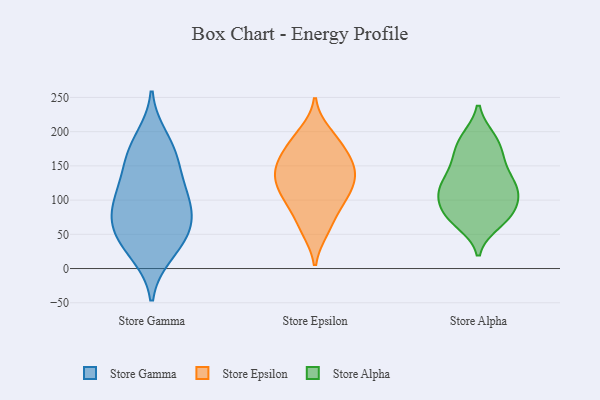
{"axis": {"x": "Market Share (%)", "y": "Value"}, "legend": ["Store Alpha", "Store Epsilon", "Store Gamma"], "data": [{"x": "", "y": 70, "type": "Store Gamma"}, {"x": "", "y": 117, "type": "Store Gamma"}, {"x": "", "y": 172, "type": "Store Gamma"}, {"x": "", "y": 59, "type": "Store Gamma"}, {"x": "", "y": 27, "type": "Store Gamma"}, {"x": "", "y": 103, "type": "Store Gamma"}, {"x": "", "y": 63, "type": "Store Gamma"}, {"x": "", "y": 50, "type": "Store Gamma"}, {"x": "", "y": 146, "type": "Store Gamma"}, {"x": "", "y": 163, "type": "Store Gamma"}, {"x": "", "y": 191, "type": "Store Gamma"}, {"x": "", "y": 21, "type": "Store Gamma"}, {"x": "", "y": 107, "type": "Store Gamma"}, {"x": "", "y": 89, "type": "Store Gamma"}, {"x": "", "y": 56, "type": "Store Epsilon"}, {"x": "", "y": 114, "type": "Store Epsilon"}, {"x": "", "y": 107, "type": "Store Epsilon"}, {"x": "", "y": 78, "type": "Store Epsilon"}, {"x": "", "y": 138, "type": "Store Epsilon"}, {"x": "", "y": 149, "type": "Store Epsilon"}, {"x": "", "y": 174, "type": "Store Epsilon"}, {"x": "", "y": 199, "type": "Store Epsilon"}, {"x": "", "y": 142, "type": "Store Epsilon"}, {"x": "", "y": 156, "type": "Store Epsilon"}, {"x": "", "y": 193, "type": "Store Epsilon"}, {"x": "", "y": 162, "type": "Store Epsilon"}, {"x": "", "y": 55, "type": "Store Epsilon"}, {"x": "", "y": 97, "type": "Store Epsilon"}, {"x": "", "y": 182, "type": "Store Epsilon"}, {"x": "", "y": 99, "type": "Store Epsilon"}, {"x": "", "y": 128, "type": "Store Epsilon"}, {"x": "", "y": 119, "type": "Store Epsilon"}, {"x": "", "y": 142, "type": "Store Epsilon"}, {"x": "", "y": 160, "type": "Store Alpha"}, {"x": "", "y": 72, "type": "Store Alpha"}, {"x": "", "y": 78, "type": "Store Alpha"}, {"x": "", "y": 188, "type": "Store Alpha"}, {"x": "", "y": 123, "type": "Store Alpha"}, {"x": "", "y": 187, "type": "Store Alpha"}, {"x": "", "y": 108, "type": "Store Alpha"}, {"x": "", "y": 120, "type": "Store Alpha"}, {"x": "", "y": 130, "type": "Store Alpha"}, {"x": "", "y": 78, "type": "Store Alpha"}, {"x": "", "y": 67, "type": "Store Alpha"}, {"x": "", "y": 190, "type": "Store Alpha"}, {"x": "", "y": 156, "type": "Store Alpha"}, {"x": "", "y": 120, "type": "Store Alpha"}, {"x": "", "y": 109, "type": "Store Alpha"}, {"x": "", "y": 158, "type": "Store Alpha"}, {"x": "", "y": 111, "type": "Store Alpha"}, {"x": "", "y": 91, "type": "Store Alpha"}, {"x": "", "y": 78, "type": "Store Alpha"}]}